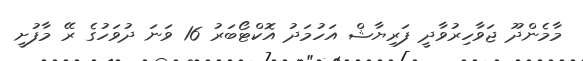
މާމެންދޫ ޖަވާހިރުވާދީ ފަރިޔާޝް އަހުމަދު އޮކްޓޯބަރު 16 ވަނަ ދުވަހުގެ ރޭ މާފުށީ